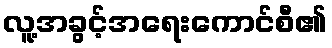
လူ့အခွင့်အရေးကောင်စီ၏